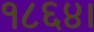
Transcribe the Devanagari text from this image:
१८६४।